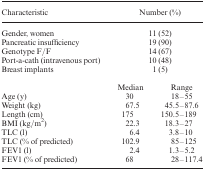
<table><thead><tr><td><b>Characteristic</b></td><td colspan="2"><b>Number (%)</b></td></tr></thead><tbody><tr><td>Gender, women</td><td colspan="2">11 (52)</td></tr><tr><td>Pancreatic insufficiency</td><td colspan="2">19 (90)</td></tr><tr><td>Genotype F/F</td><td colspan="2">14 (67)</td></tr><tr><td>Port-a-cath (intravenous port)</td><td colspan="2">10 (48)</td></tr><tr><td>Breast implants</td><td colspan="2">1 (5)</td></tr><tr><td></td><td>Median</td><td>Range</td></tr><tr><td>Age (y)</td><td>30</td><td>18–55</td></tr><tr><td>Weight (kg)</td><td>67.5</td><td>45.5–87.6</td></tr><tr><td>Length (cm)</td><td>175</td><td>150.5–189</td></tr><tr><td>BMI (kg/m<sup>2</sup>)</td><td>22.3</td><td>18.3–27</td></tr><tr><td>TLC (l)</td><td>6.4</td><td>3.8–10</td></tr><tr><td>TLC (% of predicted)</td><td>102.9</td><td>85–125</td></tr><tr><td>FEV1 (l)</td><td>2.4</td><td>1.3–5.2</td></tr><tr><td>FEV1 (% of predicted)</td><td>68</td><td>28–117.4</td></tr></tbody></table>